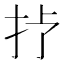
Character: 𢪀